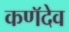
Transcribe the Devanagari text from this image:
कणॅदेव